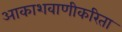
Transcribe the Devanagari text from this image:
आकाशवाणीकरिता